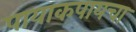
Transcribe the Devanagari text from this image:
पायाकपायचा